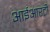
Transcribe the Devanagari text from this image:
आईआरटी